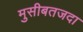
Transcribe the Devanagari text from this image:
मुसीबतजदा